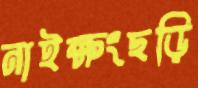
নাইক্ষংছড়ি